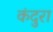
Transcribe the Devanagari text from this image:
कंदुरा